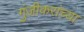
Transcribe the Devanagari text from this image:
गुंजीकरांच्या